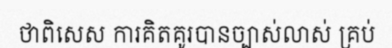
ថាពិសេស ការគិតគូរបានច្បាស់លាស់ គ្រប់